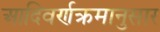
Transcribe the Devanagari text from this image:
आदिवर्णक्रमानुसार